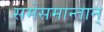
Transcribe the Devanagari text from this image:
समेसमान्तान्